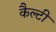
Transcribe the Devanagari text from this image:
कैल्टी